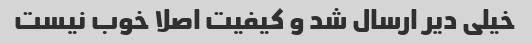
خیلی دیر ارسال شد و کیفیت اصلا خوب نیست